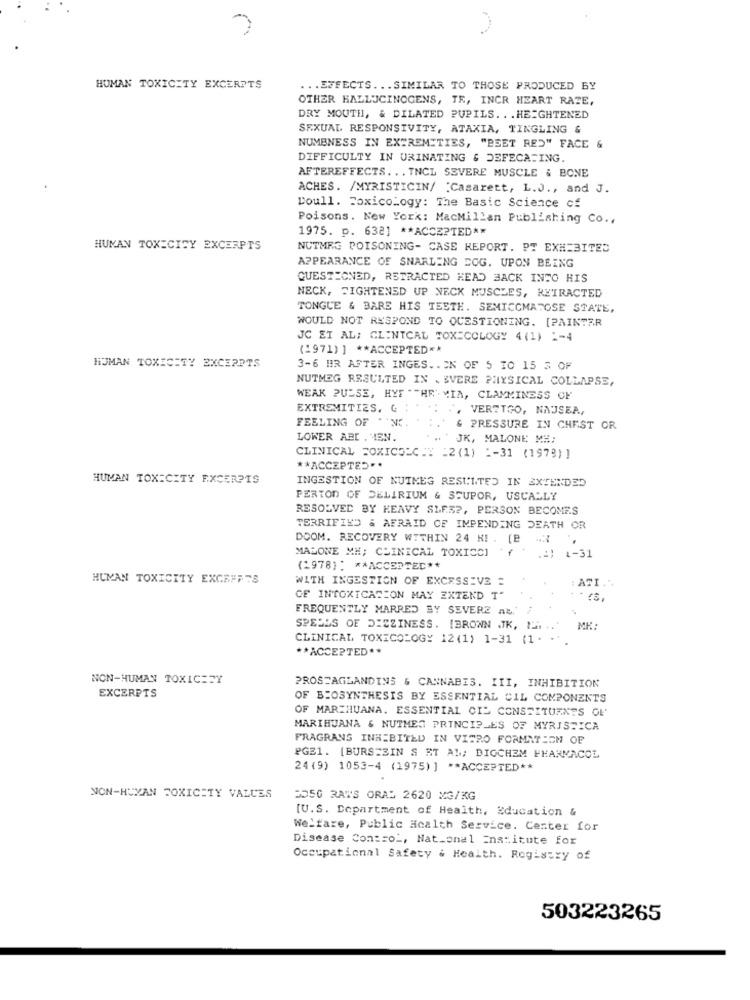
HUMAN TOXICITY EXCERPTS
... EFFECTS ... SIMILAR TO THOSE PRODUCED BY
OTHER HALLUCINOGENS, TE, INCR HEART RATE,
DRY MOUTH, & DILATED PUPILS. . . HEIGHTENED
SEXUAL RESPONSIVITY, ATAXIA, TINGLING &
NUMBNESS IN EXTREMITIES, "BEET RES" FACE &
DIFFICULTY IN URINATING & DEFECATING.
AFTEREFFECTS ... INCL SEVERE MUSCLE & BONE
ACHES. /MYRISTICIN/ Casarett, L.J ., and J.
Doull. Toxicology: The Basic Science of
Poisons. New York: MacMillan Publishing Co .,
1975. p. 632] ** ACCEPTED **
HUMAN TOXICITY EXCERPTS
NUTMEG POISONING- CASE REPORT. PT EXHIBITED
APPEARANCE OF SNARLING EOG. UPON BEING
QUESTIONED, RETRACTED HEAD BACK INTO HIS
NECK, TIGHTENED UP NECK MUSCLES, RETRACTED
TONGUE & BARE HIS TEETH. SEMICOMATOSE STATE,
WOULD NOT RESPOND TO QUESTIONING. [PAINTER
JC ET AL; CLINICAL TOXICOLOGY 4 (1) 1-4
(1971) ] ** ACCEPTED **
HUMAN TOXICITY EXCERPTS
3-6 HR AFTER INGES .. CN OF 5 TO 15 3 OF
NUTMEG RESULTED IN . SVERE PHYSICAL COLLAPSE,
WEAK PULSE, HYF "THE MIA, CLAMMINESS OF
EXTREMITIES. G . . .: ., VERETGO, NAJSER,
FEELING OF "'N. .:
& PRESSURE IN CHEST OR
LOWER ABC . MEN.
*. JK, MALONE ME;
CLINICAL FOXICOLC .T :2 (1) 2-31 (1978)]
** ACCEPTED **
HUMAN TOXICITY EXCERPTS
INGESTION OF NUTMEG RESULTED IN EXTENDED
PERIOD OF DELIRIUM & STUPOR, USUALLY
RESOLVED BY HEAVY SLES ?, PERSON BECOMES
TERRIFIED & AFRAID OF IMPENDING DEATH OR
DOOM. RECOVERY WITHIN 24 H !. [B .
MALONE MH; CLINICAL TOXICCI
.4 1-31
(2978): ** ACCEPTEC **
HUMAN TOXICITY EXCREFTS
WITH INGESTION OF EXCESSIVE =
ATI.".
OF INTOXICATION MAY EXTEND T"
FREQUENTLY MARRED BY SEVERE ab/' #
SPELLS OF DIEZINESS. [BRONN JK, 2 .. ..
МК:
CLINICAL TOXICOLOGY 12(1) 1-31 (1. -
** ACCEPTED **
NON-HUMAN TOXICHEY
EXCERPTS
PROSTAGLANDINS & CANNABIS. III, INHIBITION
OF BIOSYNTHESIS BY ESSENTIAL CIL COMPONENTS
OF MARIHUANA. ESSENTIAL OIL CONSTITUENTS OF
MARIHUANA & NUTMEG PRINCIPLES OF MYRISTICA
FRAGRANS INHIBITED IN VITRO FORMATECH OF
PGE1. [BURSTSIN S ET AL; DIGCHEM PHARMACOL
24(9) 1053-4 (1975)] ** ACCEPTED **
NON-HUYAN TOXICITY VALUES
2050 RAWS ORAS 2620 MG/KG
[U.S. Department of Health, Education &
Welfare, Public Health Service. Center for
Disease Control, National Institute for
Occupational Safety & Health. Registry of
503223265